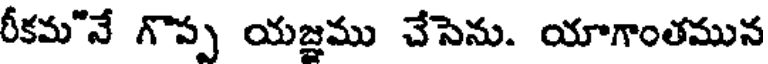
రీకమ"నే గొప్ప యజ్ఞము చేసెను. యాగాంతమున